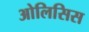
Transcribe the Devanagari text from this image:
ओलिसिस